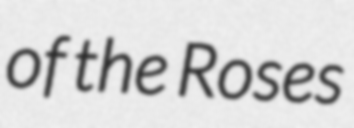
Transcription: of the Roses